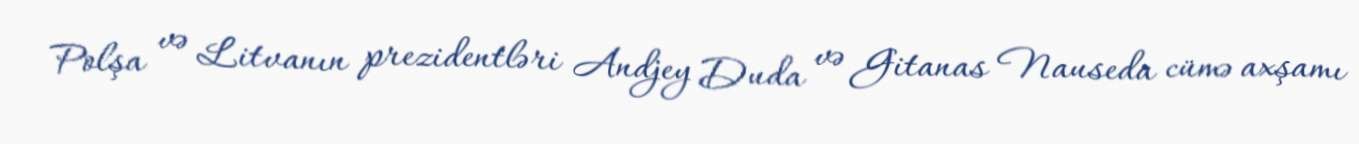
Polşa və Litvanın prezidentləri Andjey Duda və Gitanas Nauseda cümə axşamı